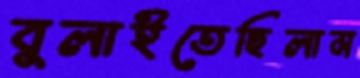
বুলাইতেছিলাম